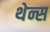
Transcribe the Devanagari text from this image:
थेन्स